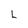
Character: L